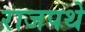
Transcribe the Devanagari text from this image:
राजपथे